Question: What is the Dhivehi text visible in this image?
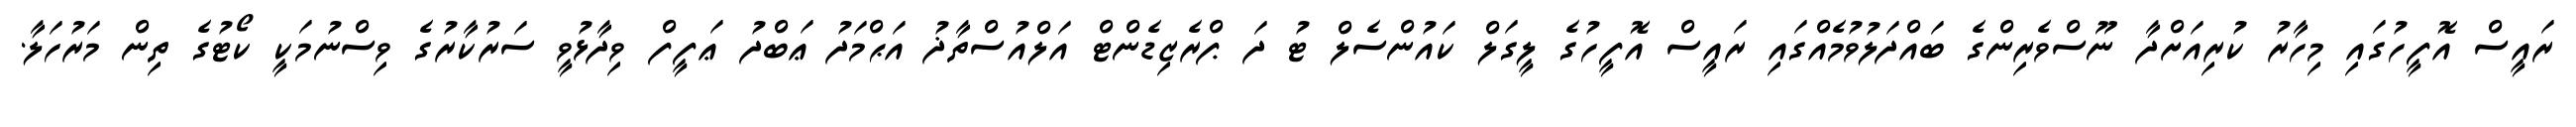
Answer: ރައީސް އޮފީހުގައި މިހާރު ކުރިއަށްދާ ނޫސްވެރިންގެ ބައްދަލުވުމެއްގައި ރައީސް އޮފީހުގެ ލީގަލް ކައުންސެލް ޓު ދަ ޕްރެޒިޑެންޓް އަލްއުސްތާޛު އަޙްމަދު ޢަބްދު ޢަފީފް ވިދާޅުވީ ސަރުކާރުގެ ވިސްނުމަކީ ކޯޓުގެ ތިން މަރުހަލާ.